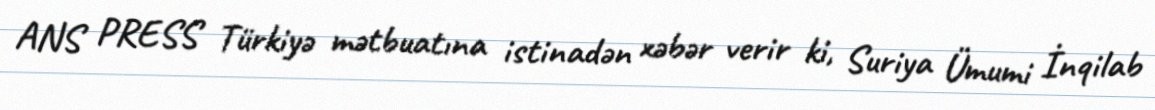
ANS PRESS Türkiyə mətbuatına istinadən xəbər verir ki, Suriya Ümumi İnqilab